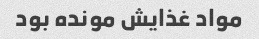
مواد غذایش مونده بود